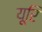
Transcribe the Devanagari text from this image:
यूरि